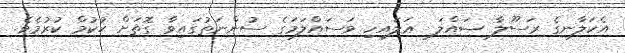
އެކަލާނގެ ރަސޫލާ ޞައްލަ  ޢަލައިހި ވަސައްލަމަގެ ސުންނަތުގައިވާ ގޮތަށް ޙުކުމް ކުރުމެވެ.